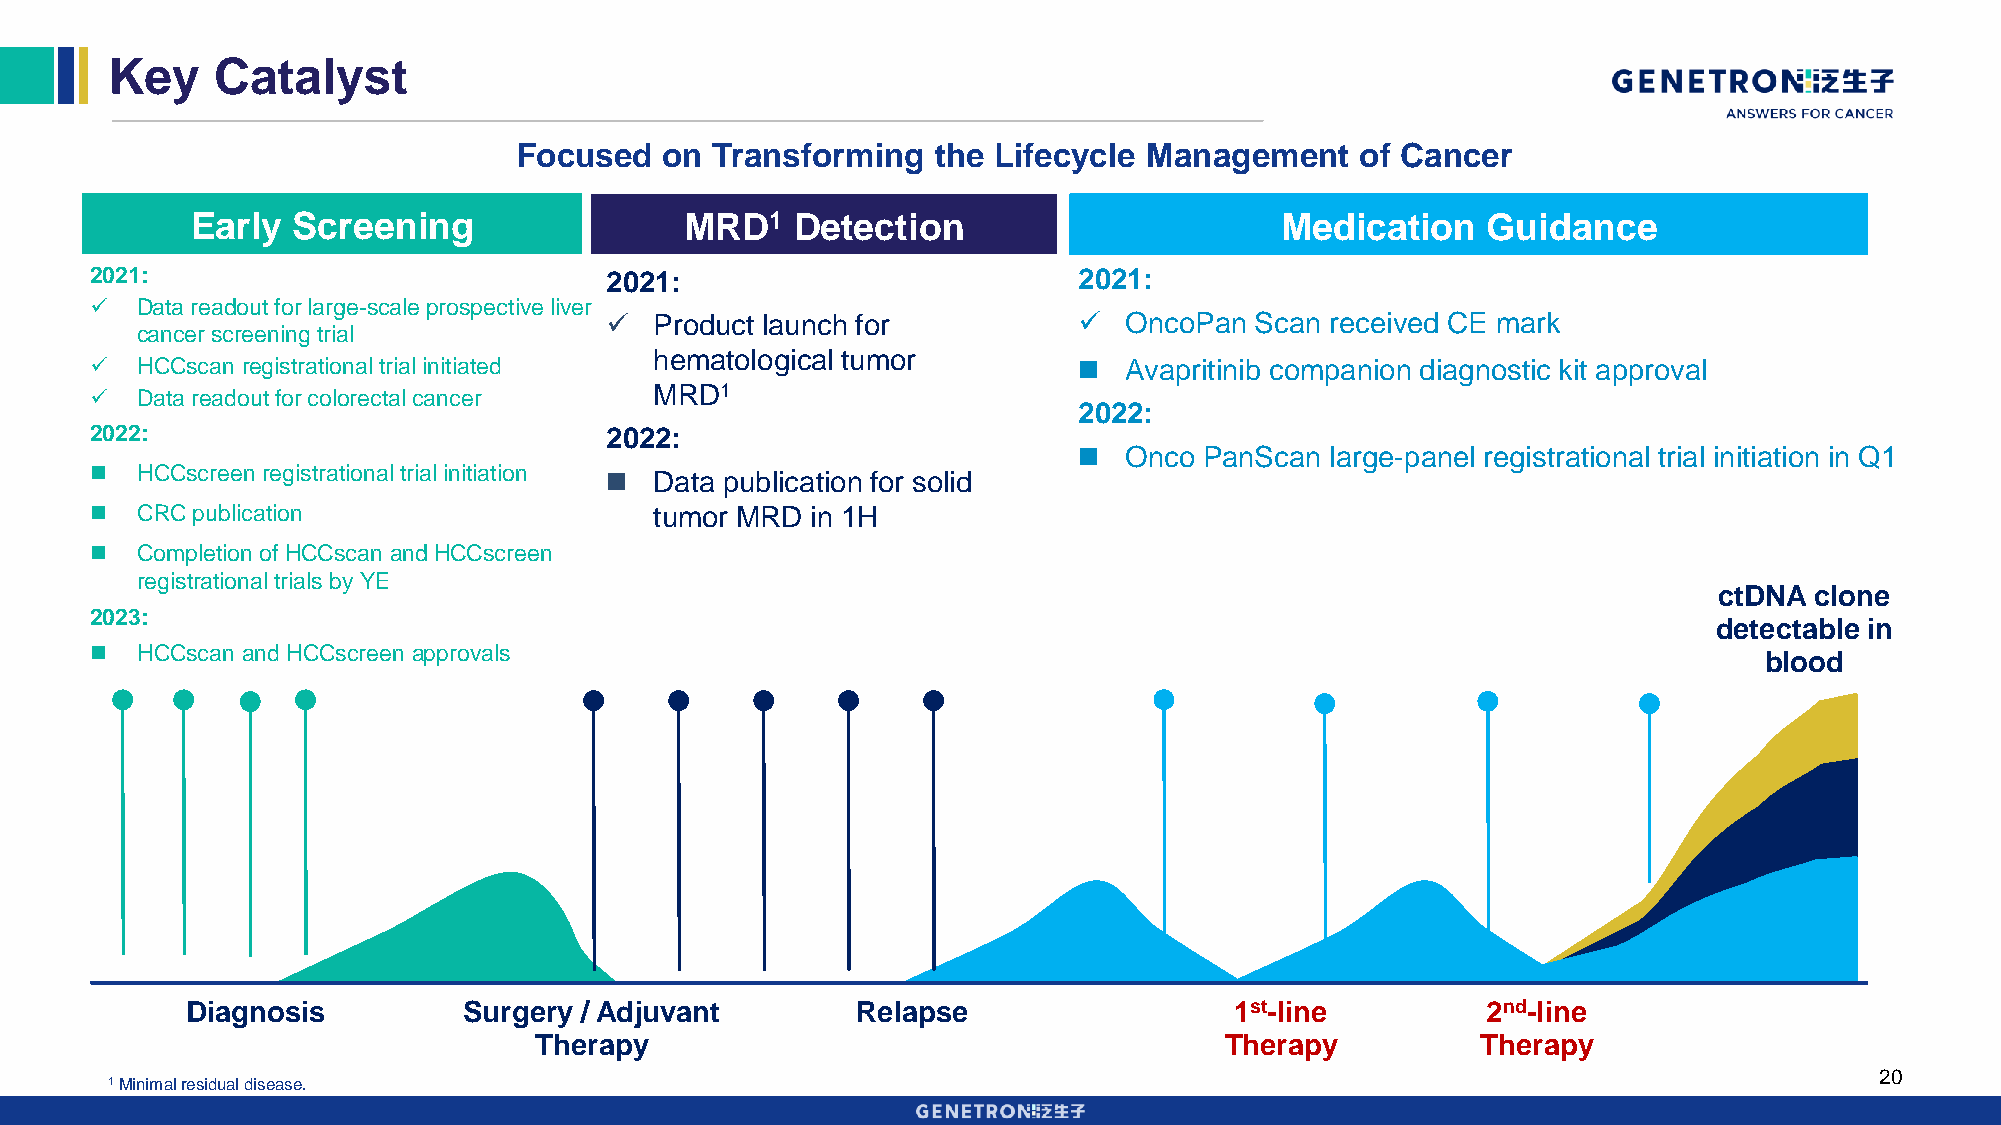
Key    Catalyst
 Focused   on Transforming   the Lifecycle Management    of Cancer
 Early Screening                 MRD1    Detection                       Medication   Guidance
 2021:                             2021:                          2021:
   Data readout for large-scale prospective liver
   Product launch for            OncoPan  Scan received CE mark
 cancer screening trial
 hematological tumor
   HCCscan registrational trial initiated                          Avapritinib companion diagnostic kit approval
   Data readout for colorectal cancer MRD1
 2022:
 2022:                             2022:
   Onco  PanScan large-panel registrational trial initiation in Q1
   HCCscreen registrational trial initiation  Data publication for solid
   CRC publication                   tumor MRD  in 1H
   Completion of HCCscan and HCCscreen
 registrational trials by YE
 ctDNA clone
 2023:
 detectable in
   HCCscan and HCCscreen approvals
 blood
 Diagnosis          Surgery / Adjuvant        Relapse                  1st-line        2nd-line
 Therapy                                       Therapy          Therapy
 20
 1Minimal residual disease.